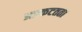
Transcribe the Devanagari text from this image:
अप्रकटतता